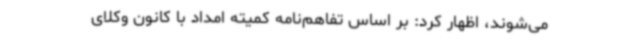
می‌شوند، اظهار کرد: بر اساس تفاهم‌نامه کمیته امداد با کانون وکلای